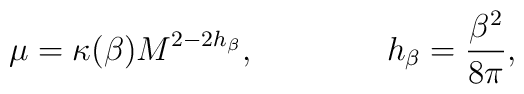
\mu =\kappa (\beta )M^{2-2h_{\beta }},\qquad \qquad h_{\beta }=\frac{\beta ^{2}}{8\pi },